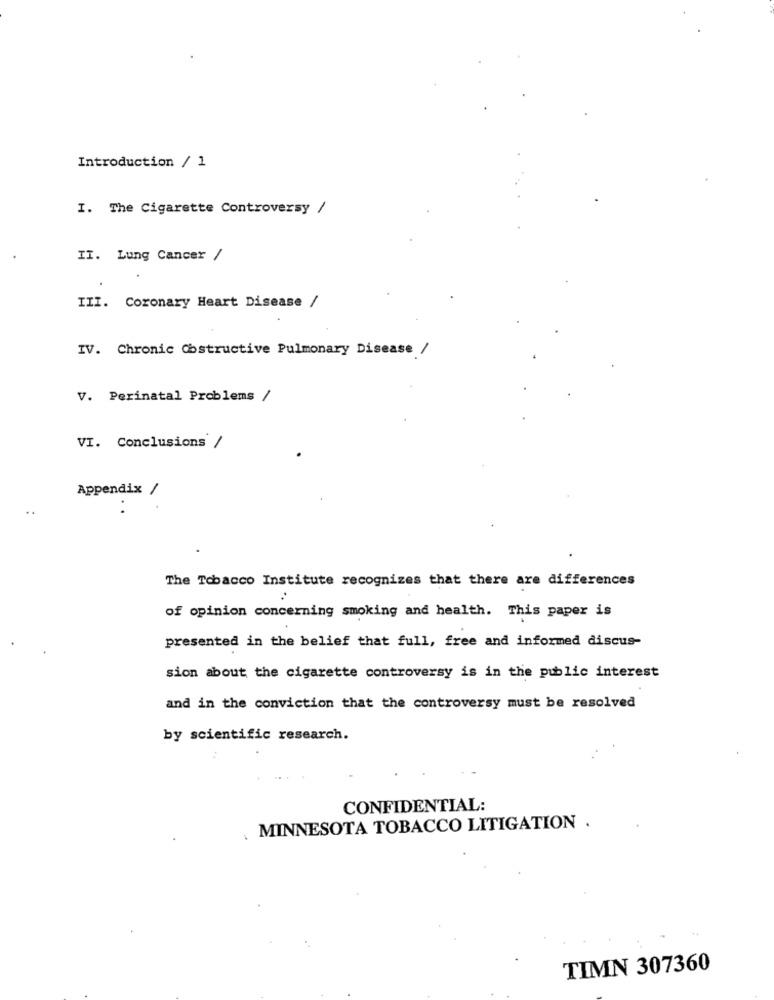
Introduction / 1
I. The Cigarette Controversy /
II. Lung Cancer /
III. Coronary Heart Disease /
IV. Chronic Cbstructive Pulmonary Disease /
V. Perinatal Problems /
VI. Conclusions /
Appendix /
..
The Tobacco Institute recognizes that there are differences
of opinion concerning smoking and health. This paper is
presented in the belief that full, free and informed discus-
sion about the cigarette controversy is in the public interest
and in the conviction that the controversy must be resolved
by scientific research.
CONFIDENTIAL:
MINNESOTA TOBACCO LITIGATION .
TIMN 307360